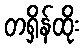
တရှိန်ထိုး